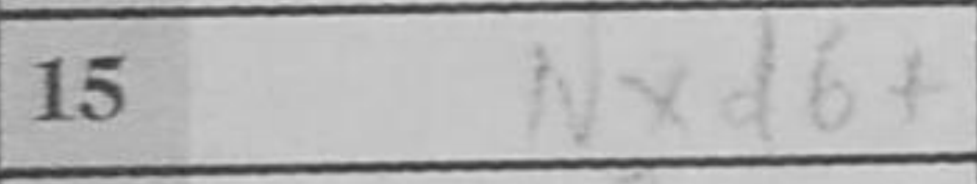
Transcription: Nxd6+